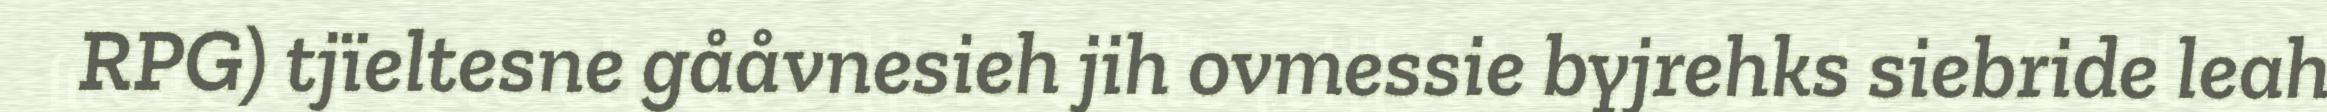
RPG) tjïeltesne gååvnesieh jih ovmessie byjrehks siebride leah